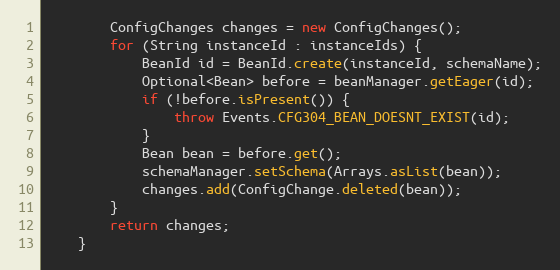
Language: Java
        ConfigChanges changes = new ConfigChanges();
        for (String instanceId : instanceIds) {
            BeanId id = BeanId.create(instanceId, schemaName);
            Optional<Bean> before = beanManager.getEager(id);
            if (!before.isPresent()) {
                throw Events.CFG304_BEAN_DOESNT_EXIST(id);
            }
            Bean bean = before.get();
            schemaManager.setSchema(Arrays.asList(bean));
            changes.add(ConfigChange.deleted(bean));
        }
        return changes;
    }